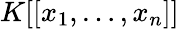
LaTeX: K[[x_{1},\ldots,x_{n}]]